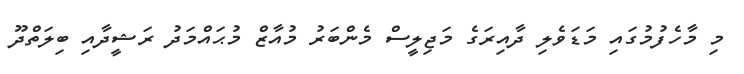
މި މާހެފުމުގައި މަޑަވެލި ދާއިރަގެ މަޖިލީސް މެންބަރު މުއާޒް މުޙައްމަދު ރަޝީދާއި ބިލަތްދޫ